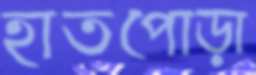
হাতপোড়া